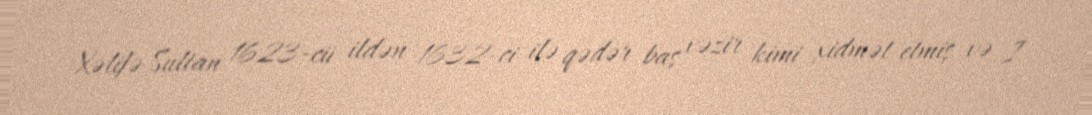
Xəlifə Sultan 1623-cü ildən 1632-ci ilə qədər baş vəzir kimi xidmət etmiş və I